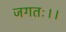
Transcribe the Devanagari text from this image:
जगतः।।